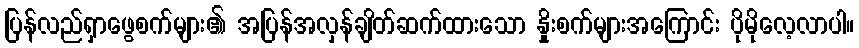
ပြန်လည်ရှာဖွေစက်များ၏ အပြန်အလှန်ချိတ်ဆက်ထားသော နှိုးစက်များအကြောင်း ပိုမိုလေ့လာပါ။